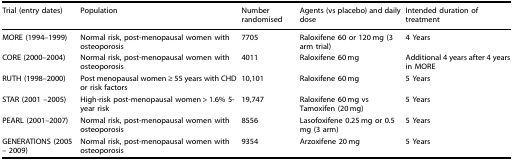
| Trial (entry dates) | Population | Number randomised | Agents (vs placebo) and daily dose | Intended duration of treatment |
 | --- | --- | --- | --- | --- |
 | MORE (1994–1999) | Normal risk, post-menopausal women with osteoporosis | 7705 | Raloxifene 60 or 120 mg (3 arm trial) | 4 Years |
 | CORE (2000–2004) | Normal risk, post-menopausal women with osteoporosis | 4011 | Raloxifene 60 mg | Additional 4 years after 4 years in MORE |
 | RUTH (1998–2000) | Post menopausal women ≥ 55 years with CHD or risk factors | 10,101 | Raloxifene 60 mg | 5 Years |
 | STAR (2001 –2005) | High-risk post-menopausal women > 1.6% 5-year risk | 19,747 | Raloxifene 60 mg vs Tamoxifen (20 mg) | 5 Years |
 | PEARL (2001–2007) | Normal risk, post-menopausal women with osteoporosis | 8556 | Lasofoxifene 0.25 mg or 0.5 mg (3 arm) | 5 Years |
 | GENERATIONS (2005 – 2009) | Normal risk, post-menopausal women with osteoporosis | 9354 | Arzoxifene 20 mg | 5 Years |